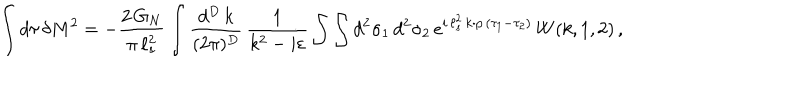
LaTeX: \int d \tau \, \delta M ^ { 2 } = - \frac { 2 \, G _ { N } } { \pi \, \ell _ { s } ^ { 2 } } \int \frac { d ^ { D } \, k } { ( 2 \pi ) ^ { D } } \, \frac { 1 } { k ^ { 2 } - i \varepsilon } \int \int d ^ { 2 } \sigma _ { 1 } \, d ^ { 2 } \sigma _ { 2 } \, e ^ { i \, \ell _ { s } ^ { 2 } \, k \cdot p \, ( \tau _ { 1 } - \tau _ { 2 } ) } \, W ( k , 1 , 2 ) \, ,